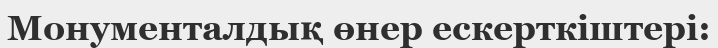
Монументалдық өнер ескерткіштері: